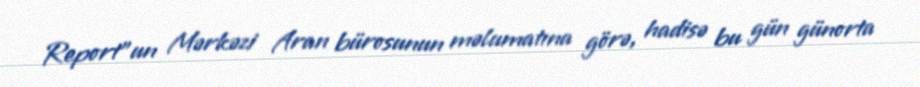
Report"un Mərkəzi Aran bürosunun məlumatına görə, hadisə bu gün günorta